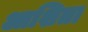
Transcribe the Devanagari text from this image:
आशिता